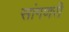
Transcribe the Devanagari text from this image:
सांगणरी